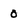
Character: 0